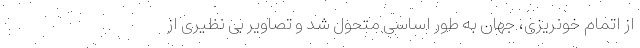
از اتمام خونریزی، جهان به طور اساسی متحول شد و تصاویر بی نظیری از